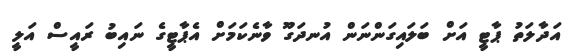
އަދާލަތު ޕާޓީ އަށް ބަލައިގަންނަން އުނދަގޫ ވާނެކަމަށް އެޕާޓީގެ ނައިބު ރައީސް އަލީ